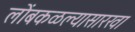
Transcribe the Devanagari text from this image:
लोंबकळल्यासारखा